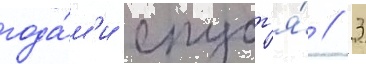
года́м'и спуст'я́ / 3